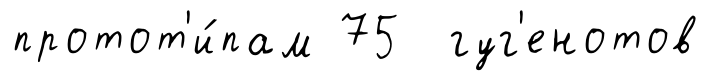
протот'и́пам 75 гуг'енотов